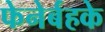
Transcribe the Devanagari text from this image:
फेनेर्बहके